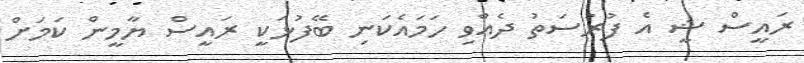
ރައީސް ޝީ އެ ފުރުސަތު ދެއްވި ހަމަައެކަނި ބޭފުޅަކީ ރައީސް ޔާމީން ކަމަށް